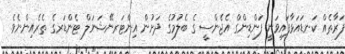
ފަރާތެއް ކަނޑައަޅާފައިވަނީ ފަންޑިންގް އެޖެންސީ ގެ ބެލުމުގެ ދަށުން އިންޓަރނޭޝަނަލް ޓެންޑަރގެ ތެރެއިންނެވެ.